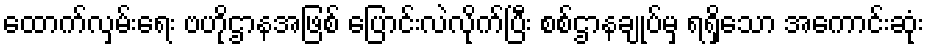
ထောက်လှမ်းရေး ဗဟိုဌာနအဖြစ် ပြောင်းလဲလိုက်ပြီး စစ်ဌာနချုပ်မှ ရရှိသော အကောင်းဆုံး